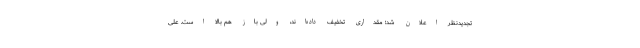
تجدید‌نظر اعلان شد؛ مقدارى تخفیف داده‌اند، ولى باز هم بالا است. على